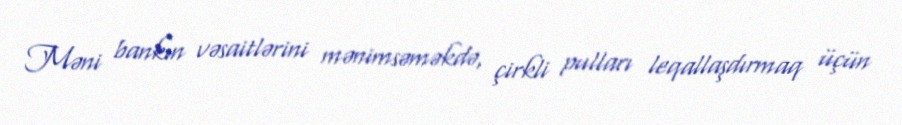
Məni bankın vəsaitlərini mənimsəməkdə, çirkli pulları leqallaşdırmaq üçün